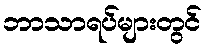
ဘာသာရပ်များတွင်